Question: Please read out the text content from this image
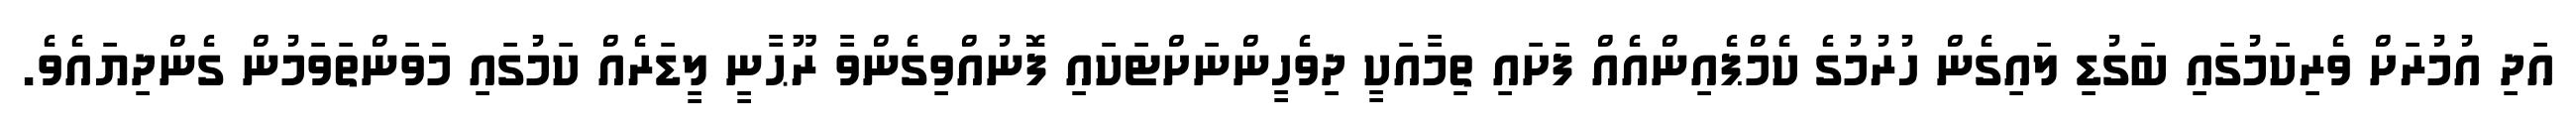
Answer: އަދި އުމުރަށް ވެރިކަމުގައި ބަގުޑި ލައިގެން ހުރުމުގެ ކެމްޕެއިންއެއް ފަށައި ތިމާއަކީ ދިވެހީންނަށްޓަކައި ފޮނުއްވިގެންވާ ރޫޙާނީ ލީޑަރެއް ކަމުގައި މަވަންތަވަމުން ގެންދިޔައެވެ.